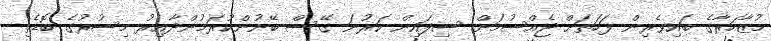
މުޒާހަރާގެ ބައިވެރިން ފަހަތަށް ޖެއްސުމަށް ސިފައިން ކަރުނަ ގޭސް ބޭނުންކުރަމުންދާއިރު މިސުރުގެ ބޮޑެތި